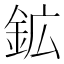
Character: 鉱